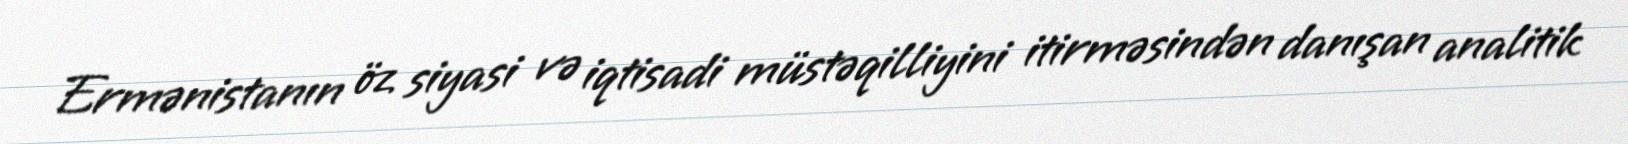
Ermənistanın öz siyasi və iqtisadi müstəqilliyini itirməsindən danışan analitik